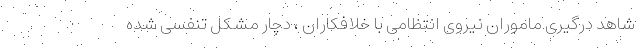
شاهد درگیری ماموران نیروی انتظامی با خلافکاران ، دچار مشکل تنفسی شده